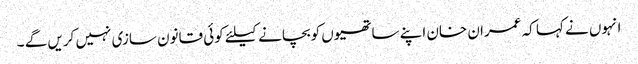
انہوں نے کہا کہ عمران خان اپنے ساتھیوں کوبچانے کیلئے کوئی قانون سازی نہیں کریں گے ۔